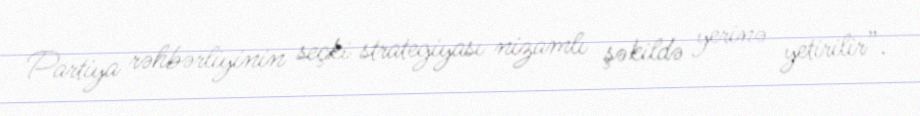
Partiya rəhbərliyinin seçki strategiyası nizamlı şəkildə yerinə yetirilir”.